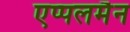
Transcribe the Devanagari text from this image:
एप्पलमैन